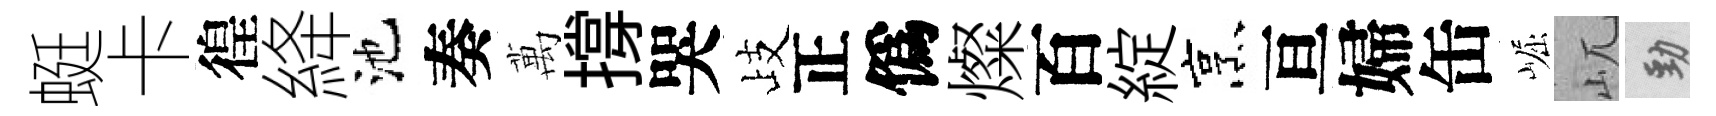
蜓卡徨絳池奏萬撐哭歧正僞燦百綻烹亘婦缶崛屼勁